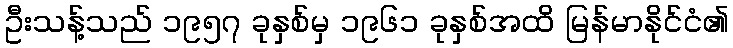
ဦးသန့်သည် ၁၉၅၇ ခုနှစ်မှ ၁၉၆၁ ခုနှစ်အထိ မြန်မာနိုင်ငံ၏